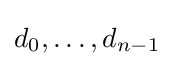
d_{0},\ldots ,d_{n-1}